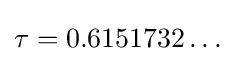
\tau =0.6151732\dots